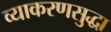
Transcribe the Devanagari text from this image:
व्याकरणसुद्धा